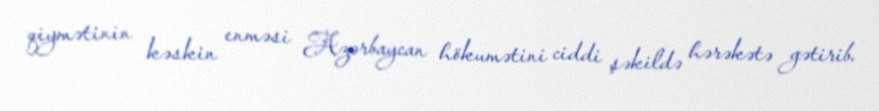
qiymətinin kəskin enməsi Azərbaycan hökumətini ciddi şəkildə hərəkətə gətirib.